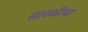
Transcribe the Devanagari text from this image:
सास्कीया